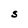
Character: S